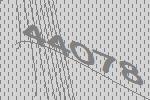
44078